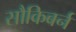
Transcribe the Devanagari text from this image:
सौकिबर्न